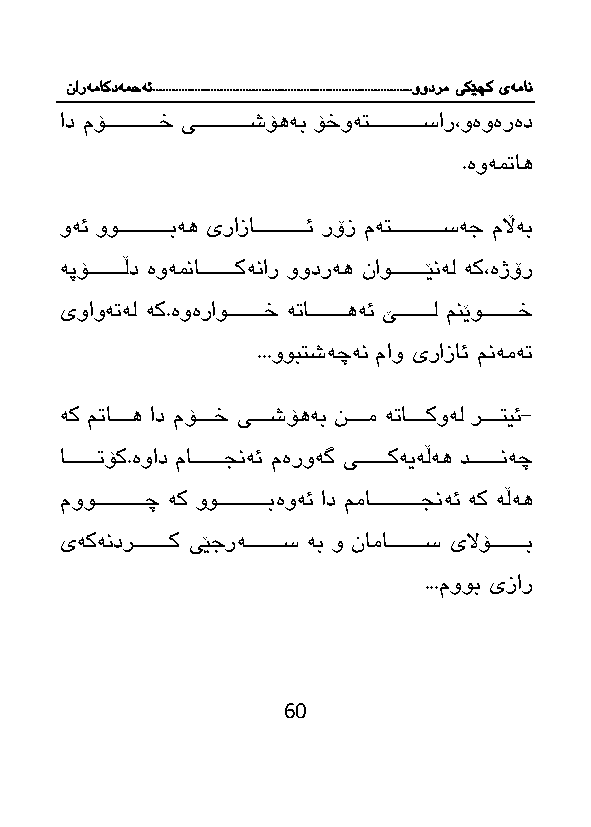
نارەماکدەمحە ئ.................................................................................وودرم یکێچک یەمان
 اد مۆااااااااااااااخ یااااااااااااااشۆهەب ۆخوەتااااااااااااااسار،وەوەرەد
 .ەوەم اه
 وەئ وواااااااااااااابەه یرازااااااااااااااائ رۆز مەتااااااااااااااسەج مڵاەب
 ەپۆااااااااااڵد ەوەمناااااااااااكەنار وودرەه ناوااااااااااێنەل ەك،ەژۆر
 یواوە ەل ەك.ەوەراوااااااااااخ ە اااااااااااهەئ ێاااااااااال منێوااااااااااخ
 ...ووبتشەچەن ماو یرازائ منەمە
 ەك م ااااااه اد مۆاااااخ یاااااشۆهەب نااااام ە ااااااكوەل راااااتیئ-
 اااااااااا ۆك.ەواد ماااااااااا نەئ مەروەگ یاااااااااكەیەڵەه دااااااااانەچ
 مووااااااااااااااچ ەك وواااااااااااااابەوەئ اد ممااااااااااااااا نەئ ەك ەڵەه
 یەكەندرااااااااااك یێجرەااااااااااس ەب و ناماااااااااااس یلاۆااااااااااب
 ...مووب یزار
 60